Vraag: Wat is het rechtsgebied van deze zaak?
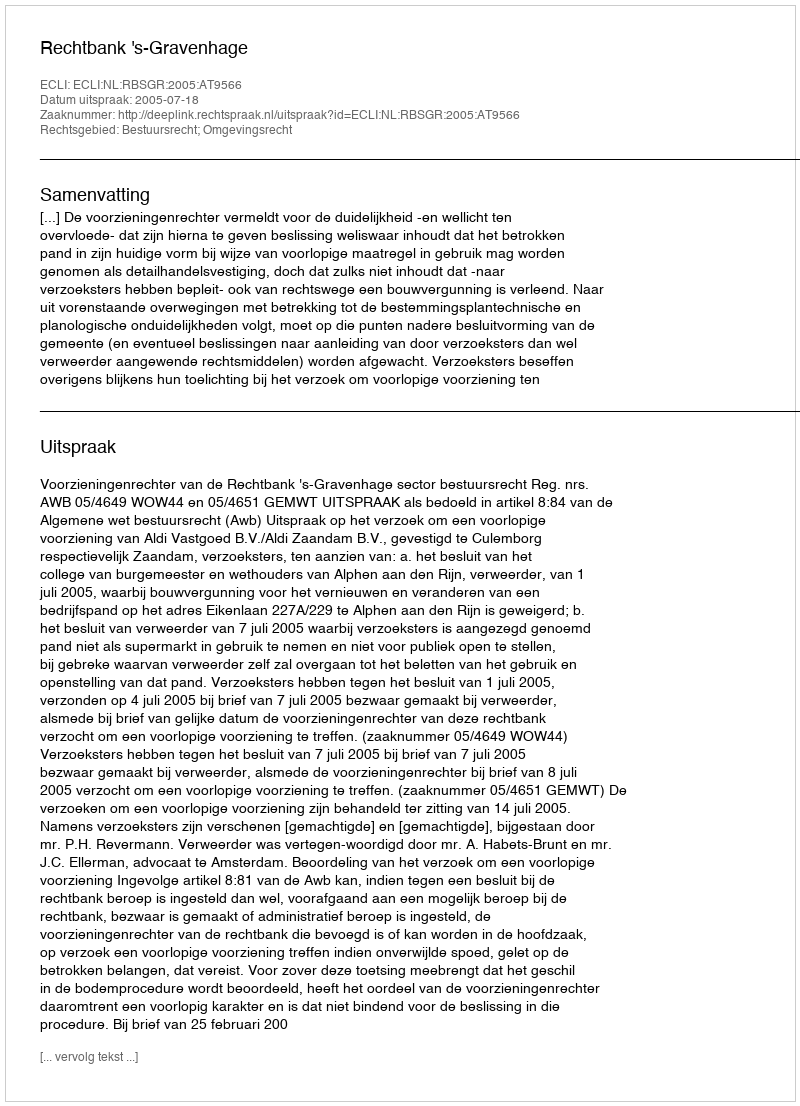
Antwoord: Bestuursrecht; Omgevingsrecht